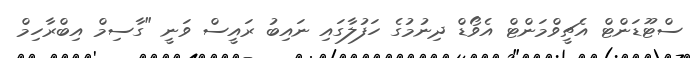
ސްޓޫޑަންޓް އެޗީވްމަންޓް އެވޯޑް ދިނުމުގެ ހަފުލާގައި ނައިބު ރައީސް ވަނީ "ގާސިމް އިބްރާހިމް